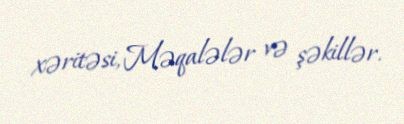
xəritəsi, Məqalələr və şəkillər.